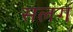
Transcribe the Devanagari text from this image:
सलंग